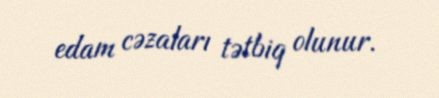
edam cəzaları tətbiq olunur.